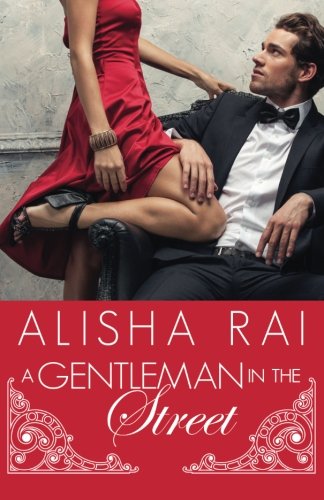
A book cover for A Gentleman in the Street; Alisha Rai; Romance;